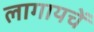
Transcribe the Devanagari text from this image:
लागायचें